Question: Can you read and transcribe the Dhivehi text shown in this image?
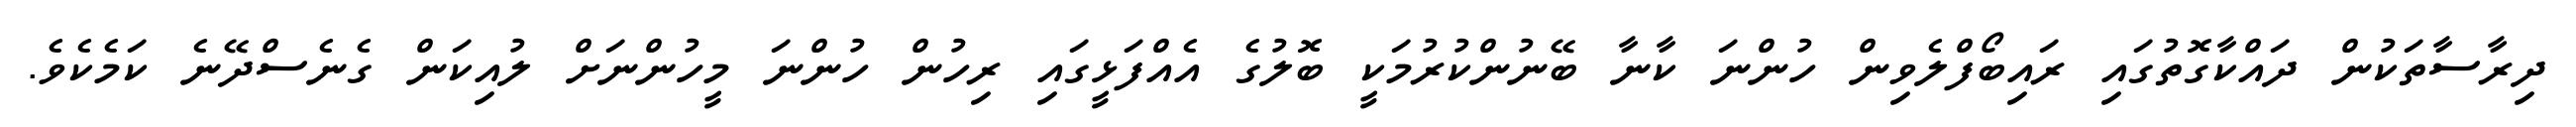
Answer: ދިރާސާތަކުން ދައްކާގޮތުގައި ރައިބޯފްލެވިން ހުންނަ ކާނާ ބޭނުންކުރުމަކީ ބޮލުގެ އެއްފަޅީގައި ރިހުން ހުންނަ މީހުންނަށް ލުއިކަން ގެނެސްދޭނެ ކަމެކެވެ.